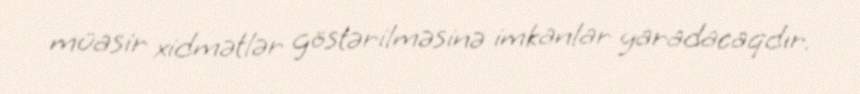
müasir xidmətlər göstərilməsinə imkanlar yaradacaqdır.